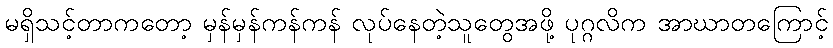
မရှိသင့်တာကတော့ မှန်မှန်ကန်ကန် လုပ်နေတဲ့သူတွေအဖို့ ပုဂ္ဂလိက အာဃာတကြောင့်